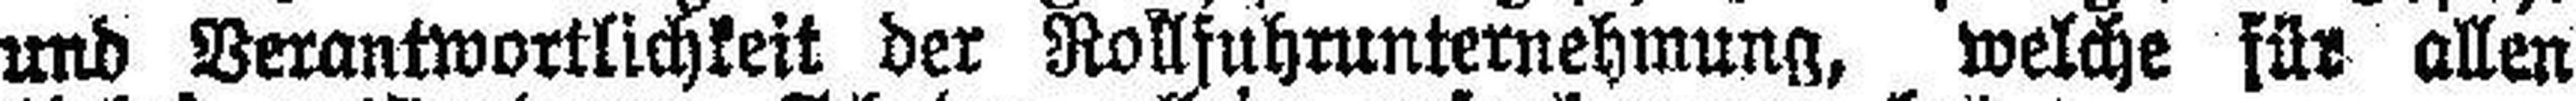
und Verantwortlichkeit der Rollfuhrunternehmung, welche für allen